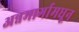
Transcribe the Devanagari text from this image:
अन्नमार्गामधून